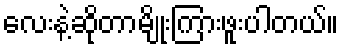
လေးနဲ့ဆိုတာမျိုးကြားဖူးပါတယ်။